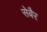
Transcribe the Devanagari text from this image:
सेबैर